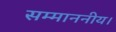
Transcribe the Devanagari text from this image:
सम्माननीय।